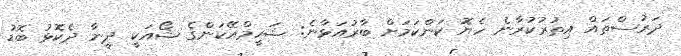
ދަރުސްތައް އިތުރުކުރާނެ ހެޔޮ ކަންކަމަށް ބާރުއަޅާނެ: ޝަހީމްއޭކަންގެ ޝޯއަކީ ދީނާ ދެކޮޅު ބޮޑު